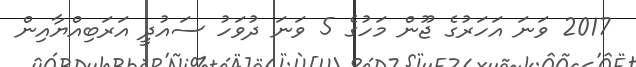
2017 ވަނަ އަހަރުގެ ޖޫން މަހުގެ 5 ވަނަ ދުވަހު ސައުދީ އަރަބިއްޔާއިން